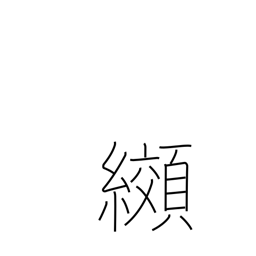
Meaning: tie-dyeing